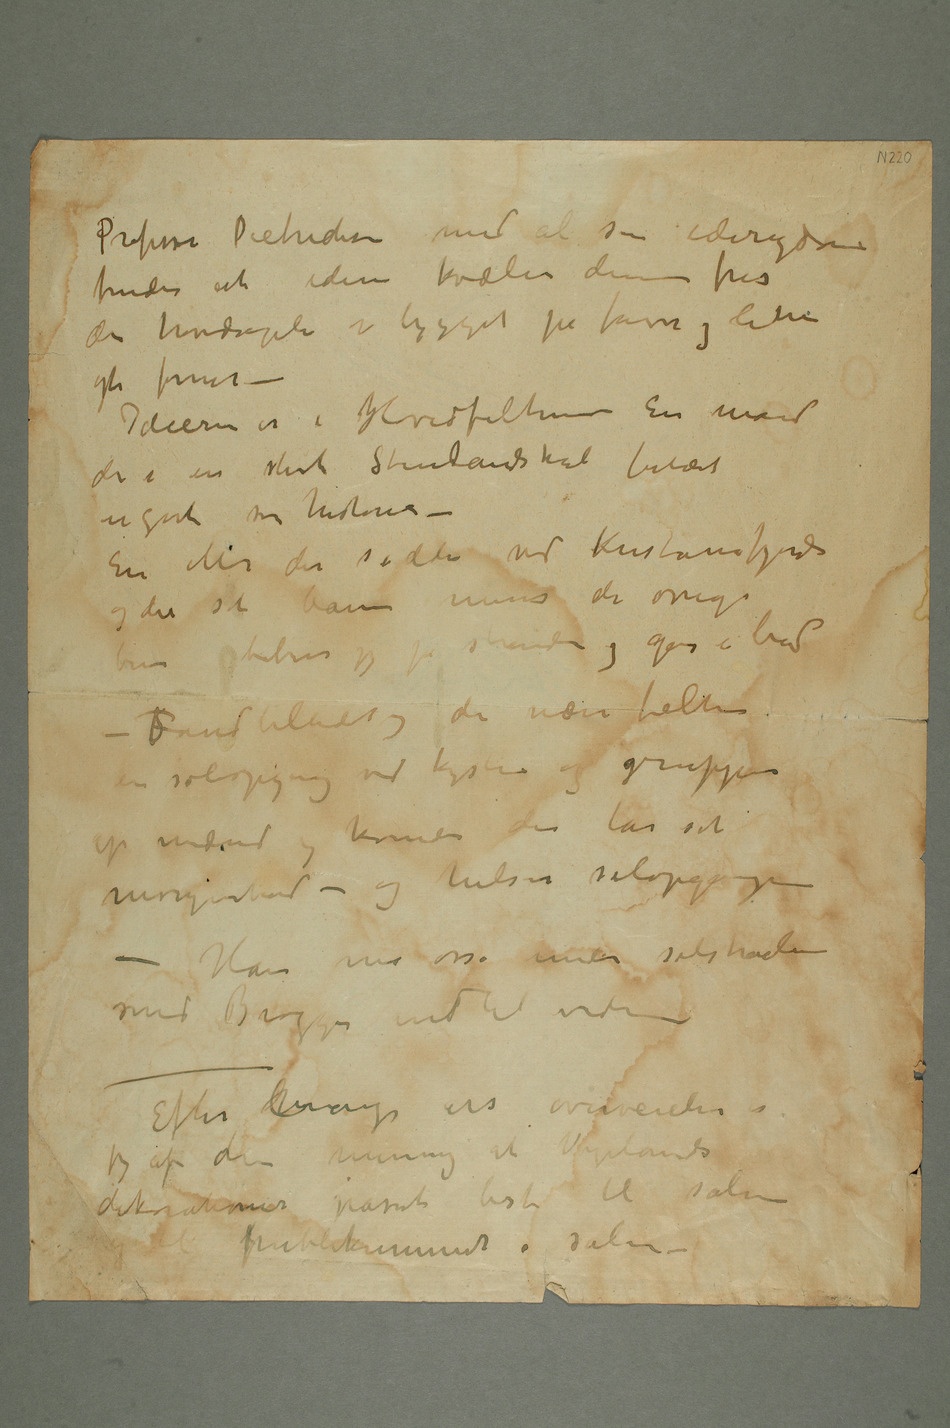
Professor Dietrichson med al sin iderigdom
finder at iden kvæler denne fris
da hovedvegten er bygget på farve og lite
på former –
Ideerne er i Hovedfelterne En mand
der i en stort Stranlandskab belærer
en gut om historie –
En Mor der sidder ved Kristianiafjorden og
boltrer sig på stranden
– SFondbilledet og de nære felter en
soloppgang ved kysten og grupper af
mænd
kvinner der tar sit
morgenbad – og hilser solopgangen
Efter lmange års overveielser er
jeg af den mening
dekorationer passet best til salen og til
publikummet i salen –